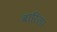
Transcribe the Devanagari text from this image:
बारिला